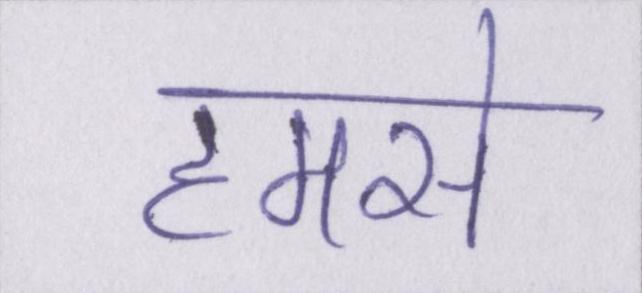
हमसे